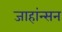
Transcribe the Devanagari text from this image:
जाहांन्सन